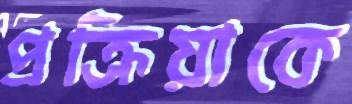
প্রক্রিয়াকে